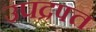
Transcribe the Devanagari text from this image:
उपद्रफ्त